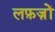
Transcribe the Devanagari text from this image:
लफ़ज़ों